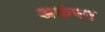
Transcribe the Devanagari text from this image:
अकंपन